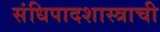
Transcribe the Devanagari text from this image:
संधिपादशास्त्राची